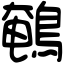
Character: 鵪